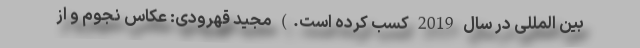
بین المللی در سال 2019 کسب کرده است.) مجید قهرودی: عکاس نجوم و از